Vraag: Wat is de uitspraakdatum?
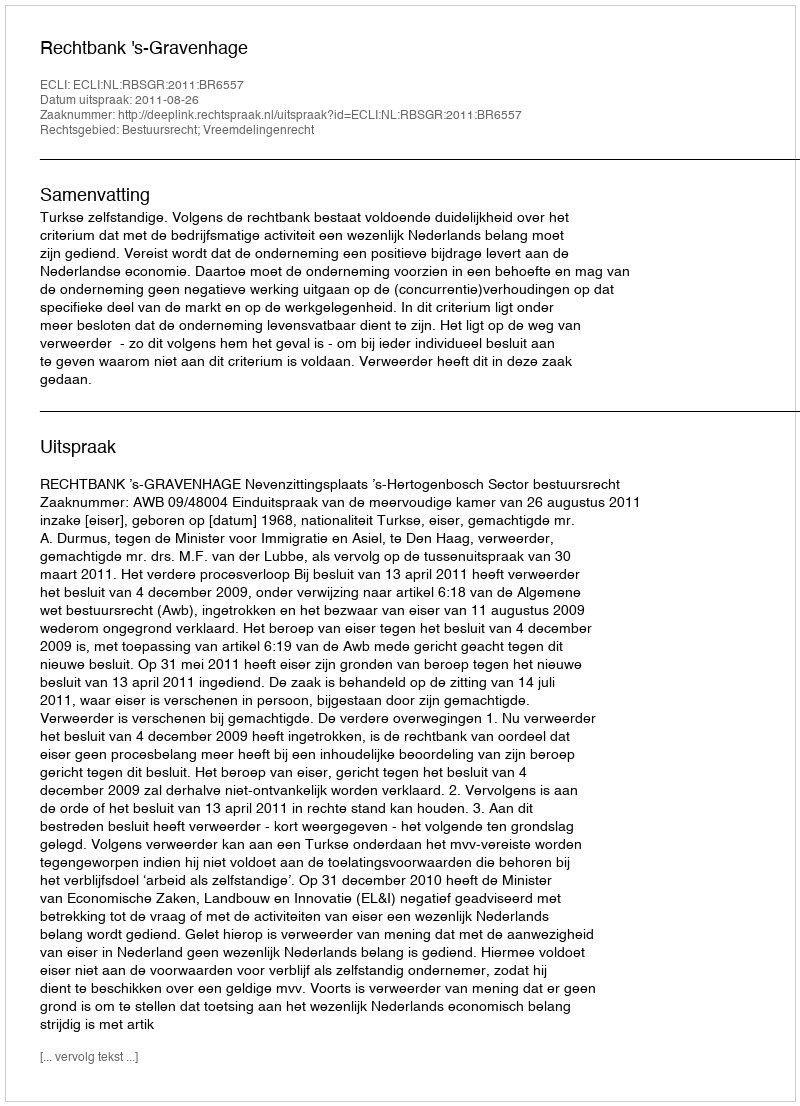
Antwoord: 2011-08-26